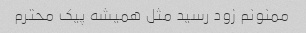
ممنونم زود رسید مثل همیشه پیک محترم